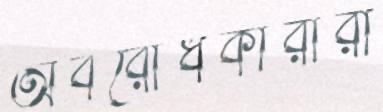
অবরোধকারীরা